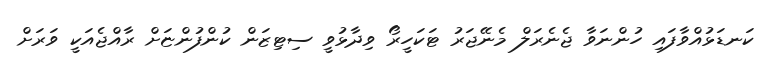
ކަނޑަޅުއްވާފައި ހުންނަވާ ޖެނެރަލް މެނޭޖަރު ޓަކަހީރޯ ވިދާޅުވީ ސިޓިޒަން ކުންފުންޏަށް ރާއްޖެއަކީ ވަރަށް